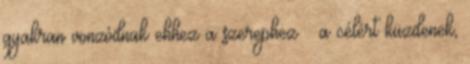
gyakran vonzódnak ehhez a szerephez – a célért küzdenek,